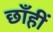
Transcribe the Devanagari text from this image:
छाँहीं